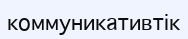
коммуникативтік